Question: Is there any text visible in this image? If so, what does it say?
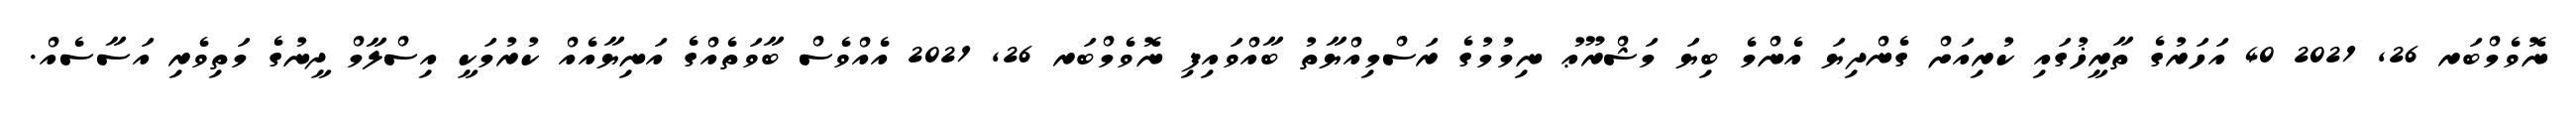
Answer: ނޮވެމްބަރ 26, 2021 40 އަހަރުގެ ތާރީޚުގައި ކުރިއަށް ގެންދިޔަ އެންމެ ބިޔަ މަޝްރޫޢު ނިމުމުގެ ރަސްމިއްޔާތު ބާއްވައިފި ނޮވެމްބަރ 26, 2021 އެއްވެސް ބާވަތެއްގެ އަނިޔާއެއް ކުރުމަކީ އިސްލާމް ދީނުގެ މަތިވެރި އަސާސެއް.